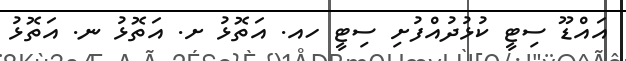
އައްޑޫ ސިޓީ ކުޅުދުއްފުށި ސިޓީ ހއ. އަތޮޅު ށ. އަތޮޅު ނ. އަތޮޅު